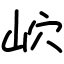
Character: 岤